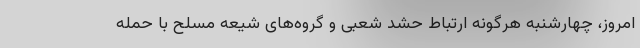
امروز، چهارشنبه هرگونه ارتباط حشد شعبی و گروه‌های شیعه مسلح با حمله